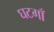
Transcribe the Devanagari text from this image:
घटगाँ